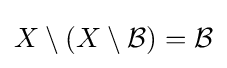
X\setminus (X\setminus {\mathcal {B}})={\mathcal {B}}